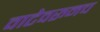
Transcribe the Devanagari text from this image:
वाटेवरूनच